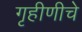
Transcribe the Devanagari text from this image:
गृहीणीचे